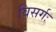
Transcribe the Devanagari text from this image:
विसर्गः